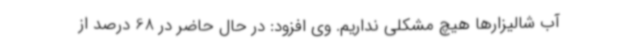
آب شالیزارها هیچ مشکلی نداریم. وی افزود: در حال حاضر در 68 درصد از